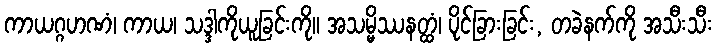
ကာယဂ္ဂဟဏံ၊ ကာယ၊ သဒ္ဒါကိုယူခြင်းကို။ အသမ္မိဿနတ္ထံ၊ ပိုင်ခြားခြင်း, တခဲနက်ကို အသီးသီး